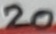
Text: 20